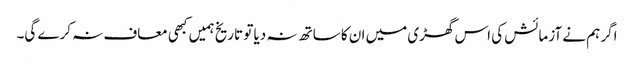
اگر ہم نے آزمائش کی اس گھڑی میں ان کا ساتھ نہ دیا تو تاریخ ہمیں کبھی معاف نہ کرے گی۔